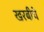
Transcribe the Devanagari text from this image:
खरबीचे